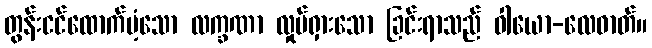
တွန်းငင်ထောက်ပံ့သော လက္ခဏာ လှုပ်ရှားသော ခြင်းရာသည် ဝါယော-လေဓာတ်။